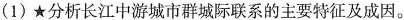
(1)★分析长江中游城市群城际联系的主要特征及成因。